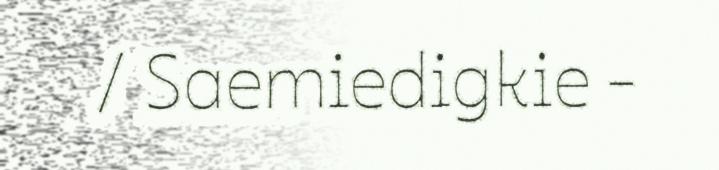
/ Saemiedigkie -